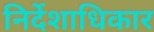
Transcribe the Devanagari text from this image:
निर्देशाधिकार